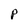
Character: P